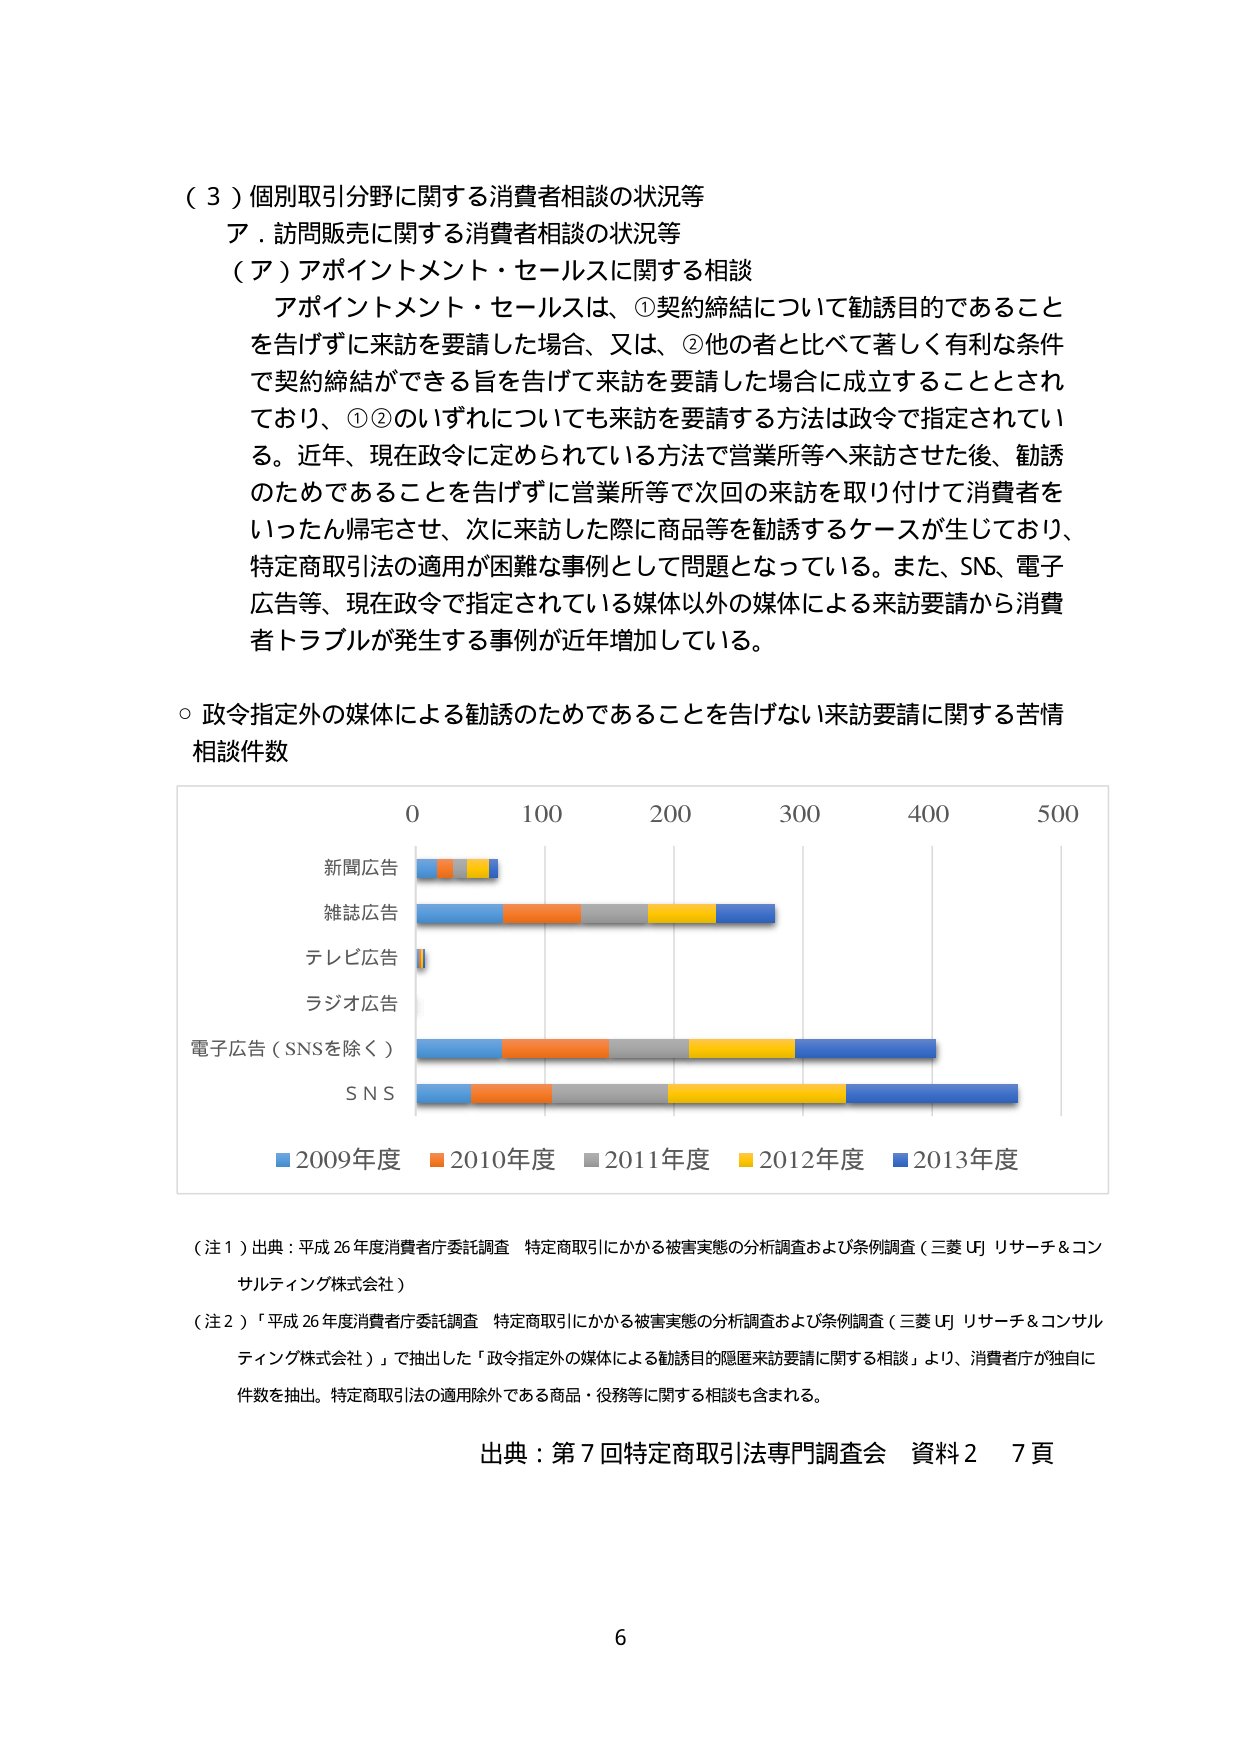
（３）個別取引分野に関する消費者相談の状況等
ア．訪問販売に関する消費者相談の状況等
（ア）アポイントメント・セールスに関する相談
アポイントメント・セールスは、①契約締結について勧誘目的であること
を告げずに来訪を要請した場合、又は、②他の者と比べて著しく有利な条件
で契約締結ができる旨を告げて来訪を要請した場合に成立することとされ
ており、①②のいずれについても来訪を要請する方法は政令で指定されてい
る。近年、現在政令に定められている方法で営業所等へ来訪させた後、勧誘
のためであることを告げずに営業所等で次回の来訪を取り付けて消費者を
いったん帰宅させ、次に来訪した際に商品等を勧誘するケースが生じており、
特定商取引法の適用が困難な事例として問題となっている。また、SNS、電子
広告等、現在政令で指定されている媒体以外の媒体による来訪要請から消費
者トラブルが発生する事例が近年増加している。

○ 政令指定外の媒体による勧誘のためであることを告げない来訪要請に関する苦情
相談件数

0 100 200 300 400 500
新聞広告
雑誌広告
テレビ広告
ラジオ広告
電子広告（SNSを除く）
S N S
■2009年度 ■2010年度 ■2011年度 ■2012年度 ■2013年度

（注１）出典：平成26年度消費者庁委託調査 特定商取引にかかる被害実態の分析調査および条例調査（三菱UFJリサーチ＆コンサルティング株式会社）
（注２）「平成26年度消費者庁委託調査 特定商取引にかかる被害実態の分析調査および条例調査（三菱UFJリサーチ＆コンサルティング株式会社）」で抽出した「政令指定外の媒体による勧誘目的隠匿来訪要請に関する相談」より、消費者庁が独自に件数を抽出。特定商取引法の適用除外である商品・役務等に関する相談も含まれる。

出典：第7回特定商取引法専門調査会 資料2 7頁

6